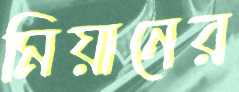
মিয়ানের